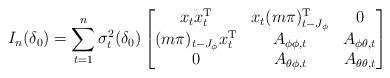
LaTeX: \begin{align*}I_{n}(\delta_{0}) =\sum_{t=1}^{n} \sigma^2_t(\delta_{0})\begin{bmatrix}x_{t}x_{t}^\mathrm{T} & x_{t}(m\pi)_{t-J_\phi}^\mathrm{T} & 0\\(m\pi)_{t-J_\phi}x_{t}^\mathrm{T} & A_{\phi\phi,t} & A_{\phi\theta,t}\\0 & A_{\theta\phi,t} & A_{\theta\theta,t}\end{bmatrix}\end{align*}